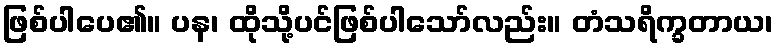
ဖြစ်ပါပေ၏။ ပန၊ ထိုသို့ပင်ဖြစ်ပါသော်လည်း။ တံသရိက္ခတာယ၊